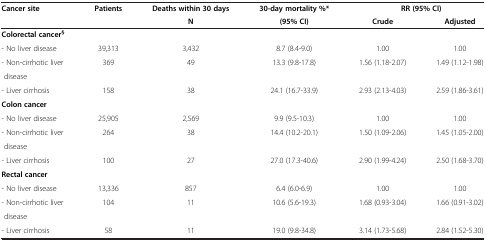
<table><thead><tr><td><b>Cancer site</b></td><td><b>Patients</b></td><td><b>Deaths within 30 days</b></td><td><b>30-day mortality %*</b></td><td colspan="2"><b>RR (95% CI)</b></td></tr><tr><td><b> </b></td><td><b> </b></td><td><b>N</b></td><td><b>(95% CI)</b></td><td><b>Crude</b></td><td><b>Adjusted</b></td></tr></thead><tbody><tr><td><b>Colorectal cancer</b><sup><b>§</b></sup></td><td> </td><td> </td><td> </td><td> </td><td> </td></tr><tr><td>- No liver disease</td><td>39,313</td><td>3,432</td><td>8.7 (8.4-9.0)</td><td>1.00</td><td>1.00</td></tr><tr><td>- Non-cirrhotic liver</td><td>369</td><td>49</td><td>13.3 (9.8-17.8)</td><td>1.56 (1.18-2.07)</td><td>1.49 (1.12-1.98)</td></tr><tr><td> disease</td><td> </td><td> </td><td> </td><td> </td><td> </td></tr><tr><td>- Liver cirrhosis</td><td>158</td><td>38</td><td>24.1 (16.7-33.9)</td><td>2.93 (2.13-4.03)</td><td>2.59 (1.86-3.61)</td></tr><tr><td><b>Colon cancer</b></td><td> </td><td> </td><td> </td><td> </td><td> </td></tr><tr><td>- No liver disease</td><td>25,905</td><td>2,569</td><td>9.9 (9.5-10.3)</td><td>1.00</td><td>1.00</td></tr><tr><td>- Non-cirrhotic liver</td><td>264</td><td>38</td><td>14.4 (10.2-20.1)</td><td>1.50 (1.09-2.06)</td><td>1.45 (1.05-2.00)</td></tr><tr><td> disease</td><td> </td><td> </td><td> </td><td> </td><td> </td></tr><tr><td>- Liver cirrhosis</td><td>100</td><td>27</td><td>27.0 (17.3-40.6)</td><td>2.90 (1.99-4.24)</td><td>2.50 (1.68-3.70)</td></tr><tr><td><b>Rectal cancer</b></td><td> </td><td> </td><td> </td><td> </td><td> </td></tr><tr><td>- No liver disease</td><td>13,336</td><td>857</td><td>6.4 (6.0-6.9)</td><td>1.00</td><td>1.00</td></tr><tr><td>- Non-cirrhotic liver</td><td>104</td><td>11</td><td>10.6 (5.6-19.3)</td><td>1.68 (0.93-3.04)</td><td>1.66 (0.91-3.02)</td></tr><tr><td> disease</td><td> </td><td> </td><td> </td><td> </td><td> </td></tr><tr><td>- Liver cirrhosis</td><td>58</td><td>11</td><td>19.0 (9.8-34.8)</td><td>3.14 (1.73-5.68)</td><td>2.84 (1.52-5.30)</td></tr></tbody></table>